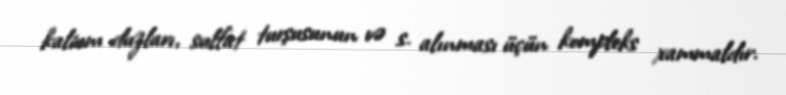
kalium duzları, sulfat turşusunun və s. alınması üçün kompleks xammaldır.